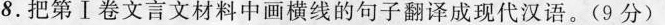
8.把第Ⅰ卷文言文材料中画横线的句子翻译成现代汉语。(9分)